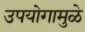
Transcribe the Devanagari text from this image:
उपयोगामुळे